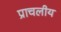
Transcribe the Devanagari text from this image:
प्राचलीय